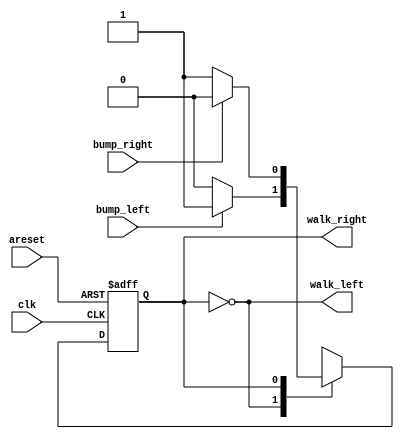
module top_module(
    input clk,
    input areset,    // Freshly brainwashed Lemmings walk left.
    input bump_left,
    input bump_right,
    output walk_left,
    output walk_right); //  

    // parameter LEFT=0, RIGHT=1, ...
    parameter LEFT = 0, RIGHT = 1;
    reg state, next_state;

    always @(*) begin
        // State transition logic
        case (state)
            LEFT: next_state <= bump_left ? RIGHT : LEFT;
            RIGHT: next_state <= bump_right ? LEFT : RIGHT;
        endcase
    end

    always @(posedge clk, posedge areset) begin
        // State flip-flops with asynchronous reset
        if (areset) begin
            state <= LEFT;
        end
        else begin
            state <= next_state;
        end
    end

    // Output logic
    // assign walk_left = (state == ...);
    // assign walk_right = (state == ...);
    assign walk_left = (state == LEFT);
    assign walk_right = (state == RIGHT);

endmodule